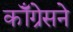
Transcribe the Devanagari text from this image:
कॉँग्रेसने